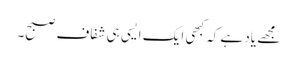
مجھے یاد ہے کہ کبھی ایک ایسی ہی شفاف صبح۔